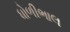
ધોળીભાલ